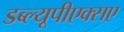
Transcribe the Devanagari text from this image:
डब्ल्यूपीएक्सए